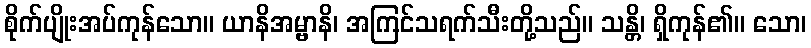
စိုက်ပျိုးအပ်ကုန်သော။ ယာနိအမ္ဗာနိ၊ အကြင်သရက်သီးတို့သည်။ သန္တိ၊ ရှိကုန်၏။ သော၊